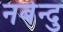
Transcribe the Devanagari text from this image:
नबेन्दु